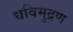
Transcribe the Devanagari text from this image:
धविमुद्रण